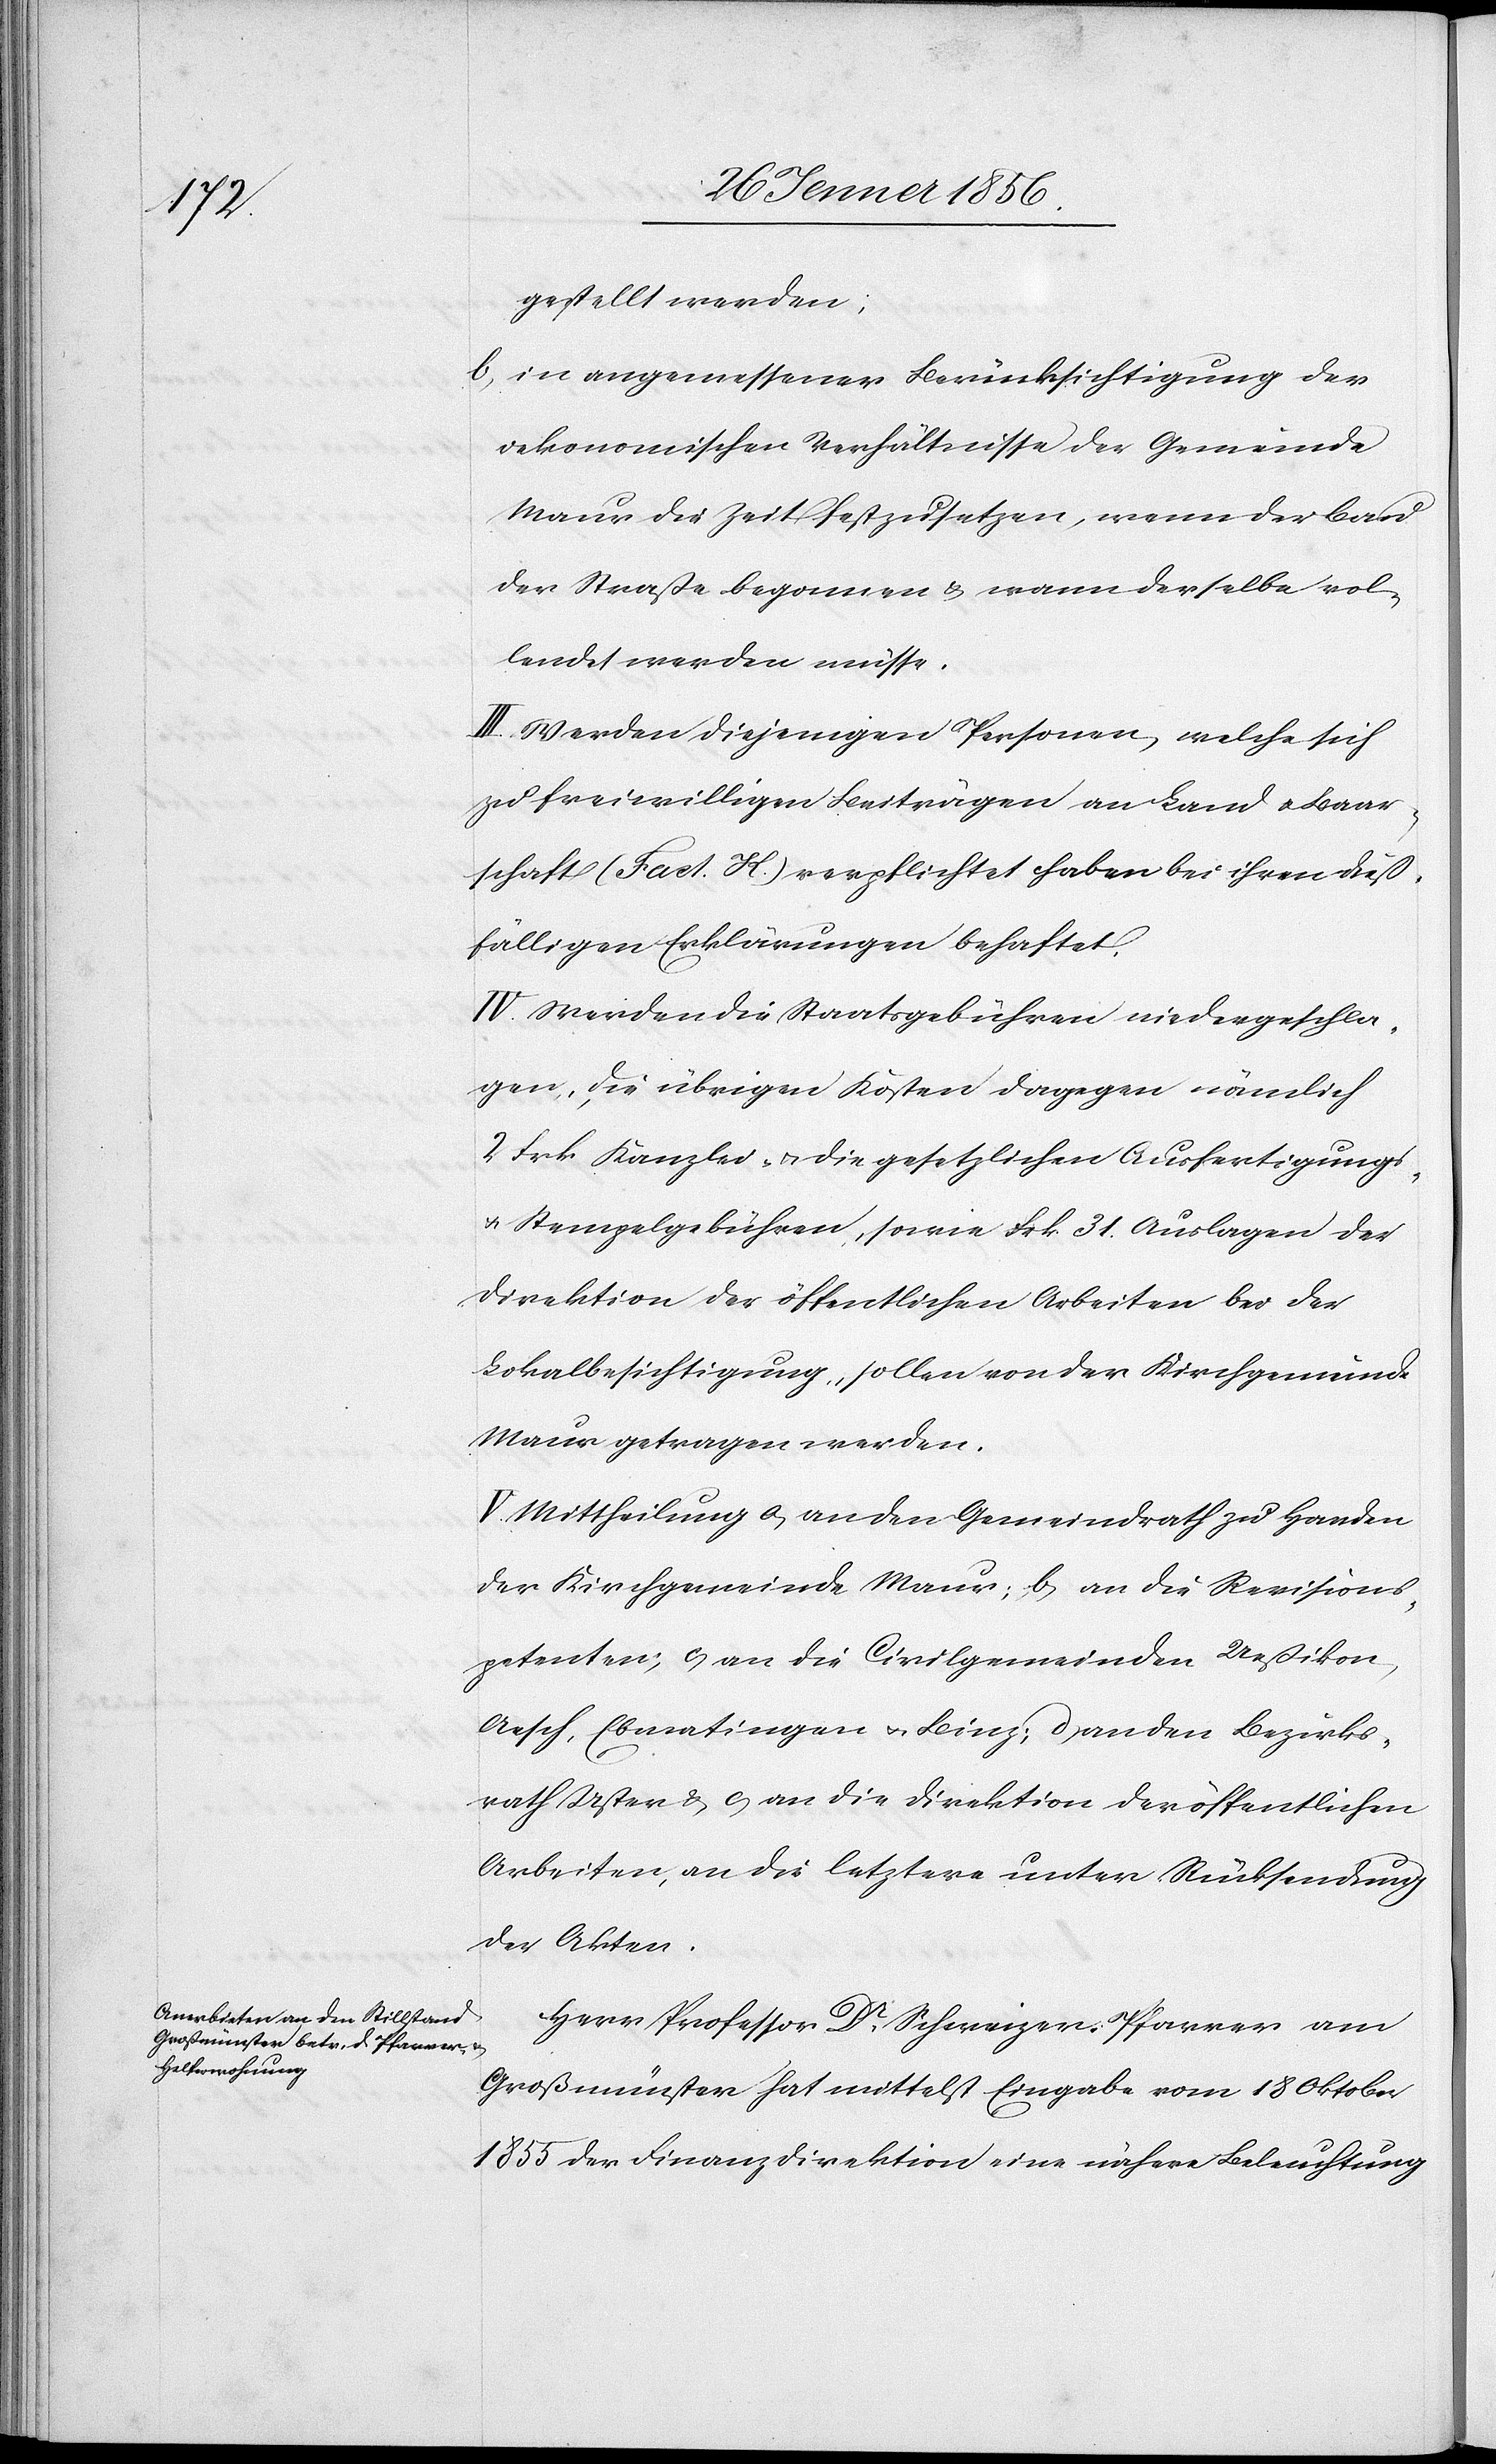
gestellt werden;
b, in angemessener Berücksichtigung der
oekonomischen Verhältnisse der Gemeinde
Maur die Zeit festzusetzen, wenn der Bau
der Straße begonnen u. wann derselbe vol¬
lendet werden müsse.
III. Werden diejenigen Personen, welche sich
zu freiwilligen Beiträgen an Land u. Baar¬
schaft (Fact. K.) verpflichtet haben bei ihren dieß¬
fälligen Erklärungen behaftet.
IV. Werden die Staatsgebühren niedergeschla¬
gen, die übrigen Kosten dagegen nämlich
2 Frk Kanzlei- u. die gesetzlichen Ausfertigungs-
u. Stempelgebühren, sowie Frk. 31 Auslagen der
Direktion der öffentlichen Arbeiten bei der
Lokalbesichtigung, sollen von der Kirchgemeinde
Maur getragen werden.
V. Mittheilung a, an den Gemeindrath zu Handen
der Kirchgemeinde Maur; b, an die Revisions¬
petenten; c, an die Civilgemeinden Ueßikon,
Aesch, Ebmatingen u. Binz; d, an den Bezirks¬
rath Uster & e, an die Direktion der öffentlichen
Arbeiten, an die letztere unter Rücksendung
der Akten.
Herr Professor Dr Schweizer, Pfarrer am
Großmünster hat mittelst Eingabe vom 18 Oktober
1855 der Finanzdirektion eine nähere Beleuchtung